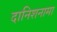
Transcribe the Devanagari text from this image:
दानिशनामा